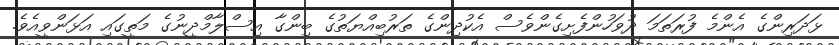
ޅަދަރިންގެ އެންމެ ފުރަތަމަ ދުވަހުންފެށިގެންވެސް އެކުދިންގެ ތަރުބިއްޔަތުގެ ބިންގާ އިސްލާމްދީނުގެ މަތީގައި އަޅަންވީއެވެ.